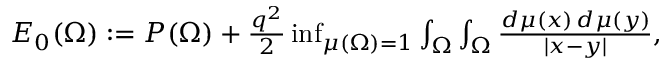
\begin{array} { r } { E _ { 0 } ( \Omega ) : = P ( \Omega ) + { \frac { q ^ { 2 } } { 2 } } \operatorname* { i n f } _ { \mu ( \Omega ) = 1 } \int _ { \Omega } \int _ { \Omega } { \frac { d \mu ( x ) \, d \mu ( y ) } { | x - y | } } , } \end{array}